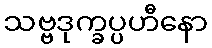
သဗ္ဗဒုက္ခပ္ပဟီနော